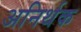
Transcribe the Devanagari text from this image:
अनिर्थक